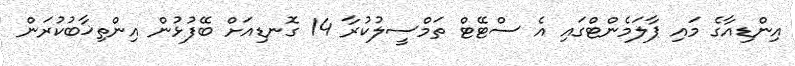
އިންޑިއާގެ މައި ޕާލަމެންޓްގައި އެ ސްޓޭޓް ތަމްސީލުކުރާ 14 ގޮނޑިއަށް ބޭފުޅުން އިންތިޚާބުކުރަން